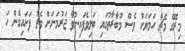
މިރޭގެ މެޗާ ހަމަޔަށް ވެސް މުބާރާތުގައި ބަލިވެފައިނުވާ ޖަރުމަނަށް މެޗު ފަށައިގެން ހަ